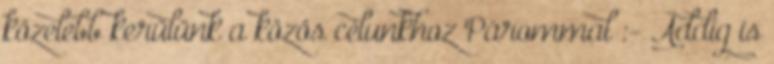
közelebb kerülünk a közös célunkhoz Párommal :- Addig is